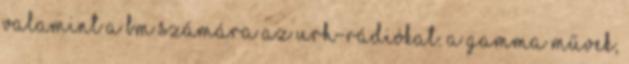
valamint a BM számára az URH-rádiókat. A Gamma Művek,